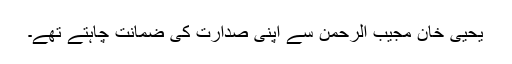
یحییٰ خان مجیب الرحمٰن سے اپنی صدارت کی ضمانت چاہتے تھے۔